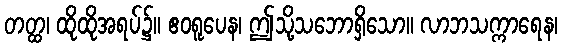
တတ္ထ၊ ထိုထိုအရပ်၌။ ဧဝရူပေန၊ ဤသို့သဘောရှိသော။ လာဘသက္ကာရေန၊